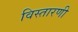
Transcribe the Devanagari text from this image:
विस्तारणी